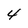
Character: 4